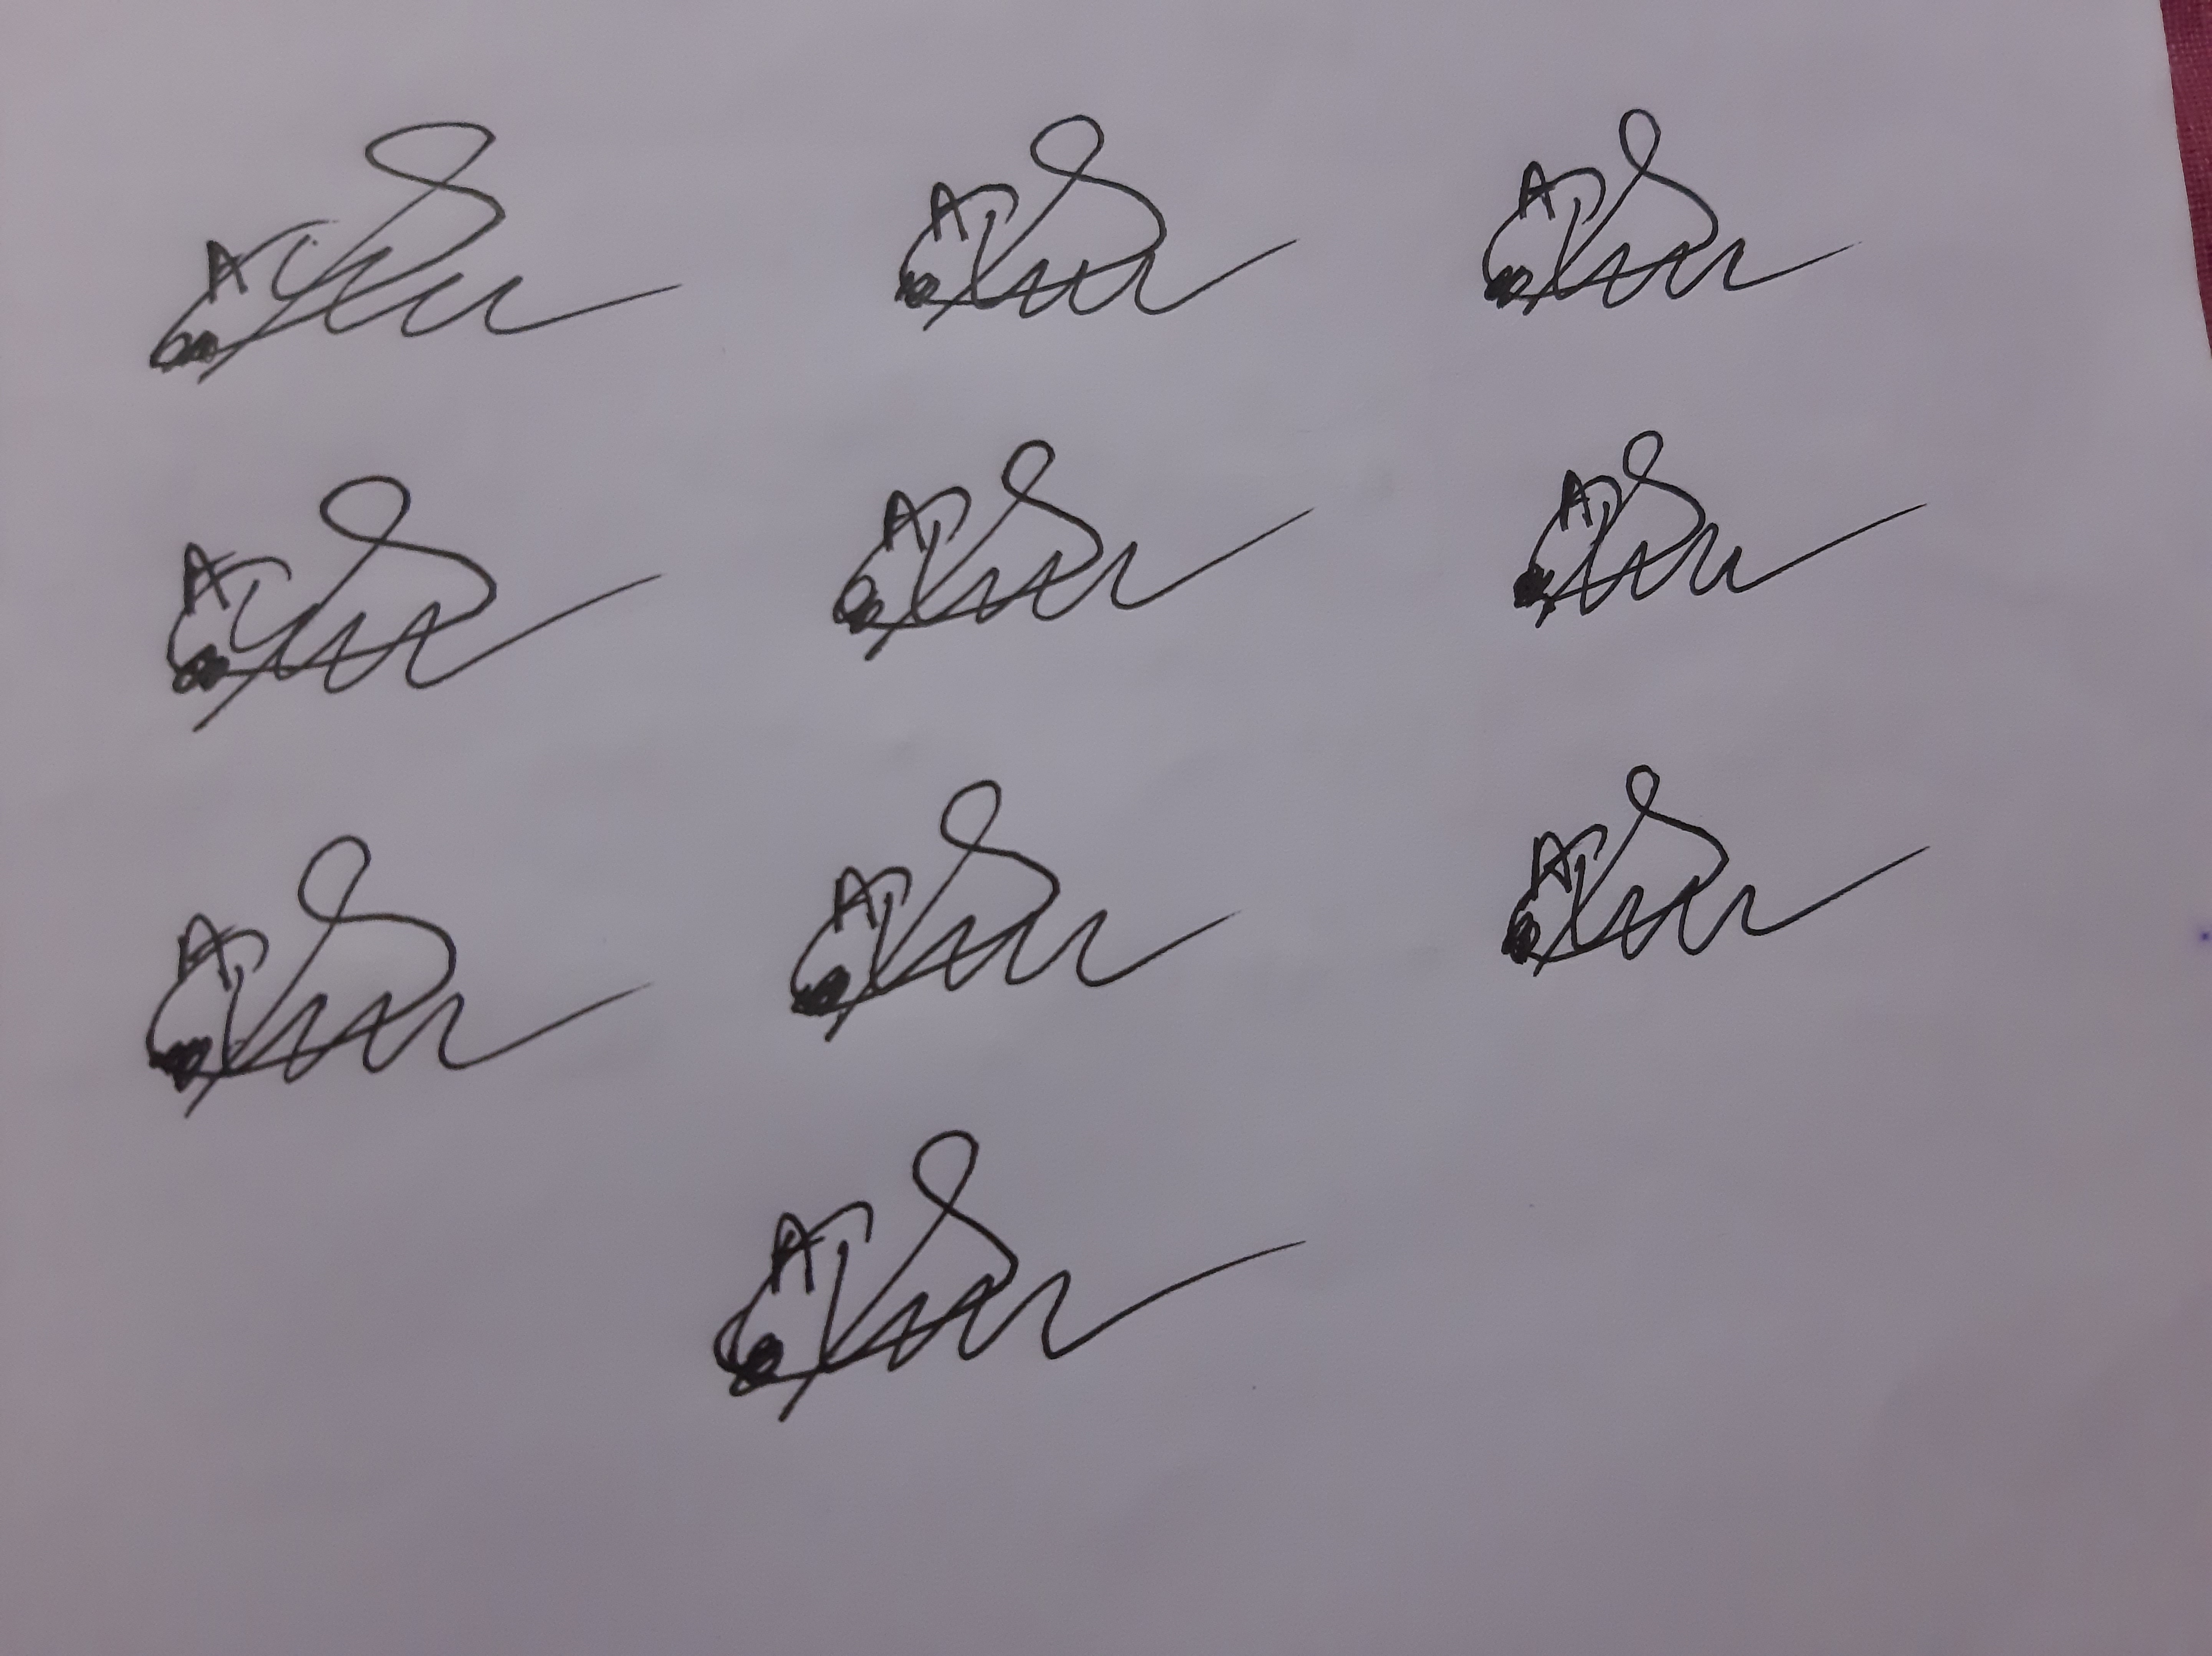
Signature authenticity: forged